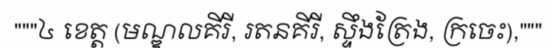
"""៤ ខេត្ត (មណ្ឌលគីរី, រតនគីរី, ស្ទឹងត្រែង, ក្រចេះ),"""